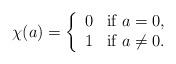
LaTeX: \begin{align*} \chi (a) = \left\{ \begin{array}{ll} 0 & \mbox{if $a = 0$}, \\ 1 & \mbox{if $a \not =0$}. \end{array} \right. \end{align*}